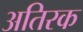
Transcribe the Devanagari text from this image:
अतिरक